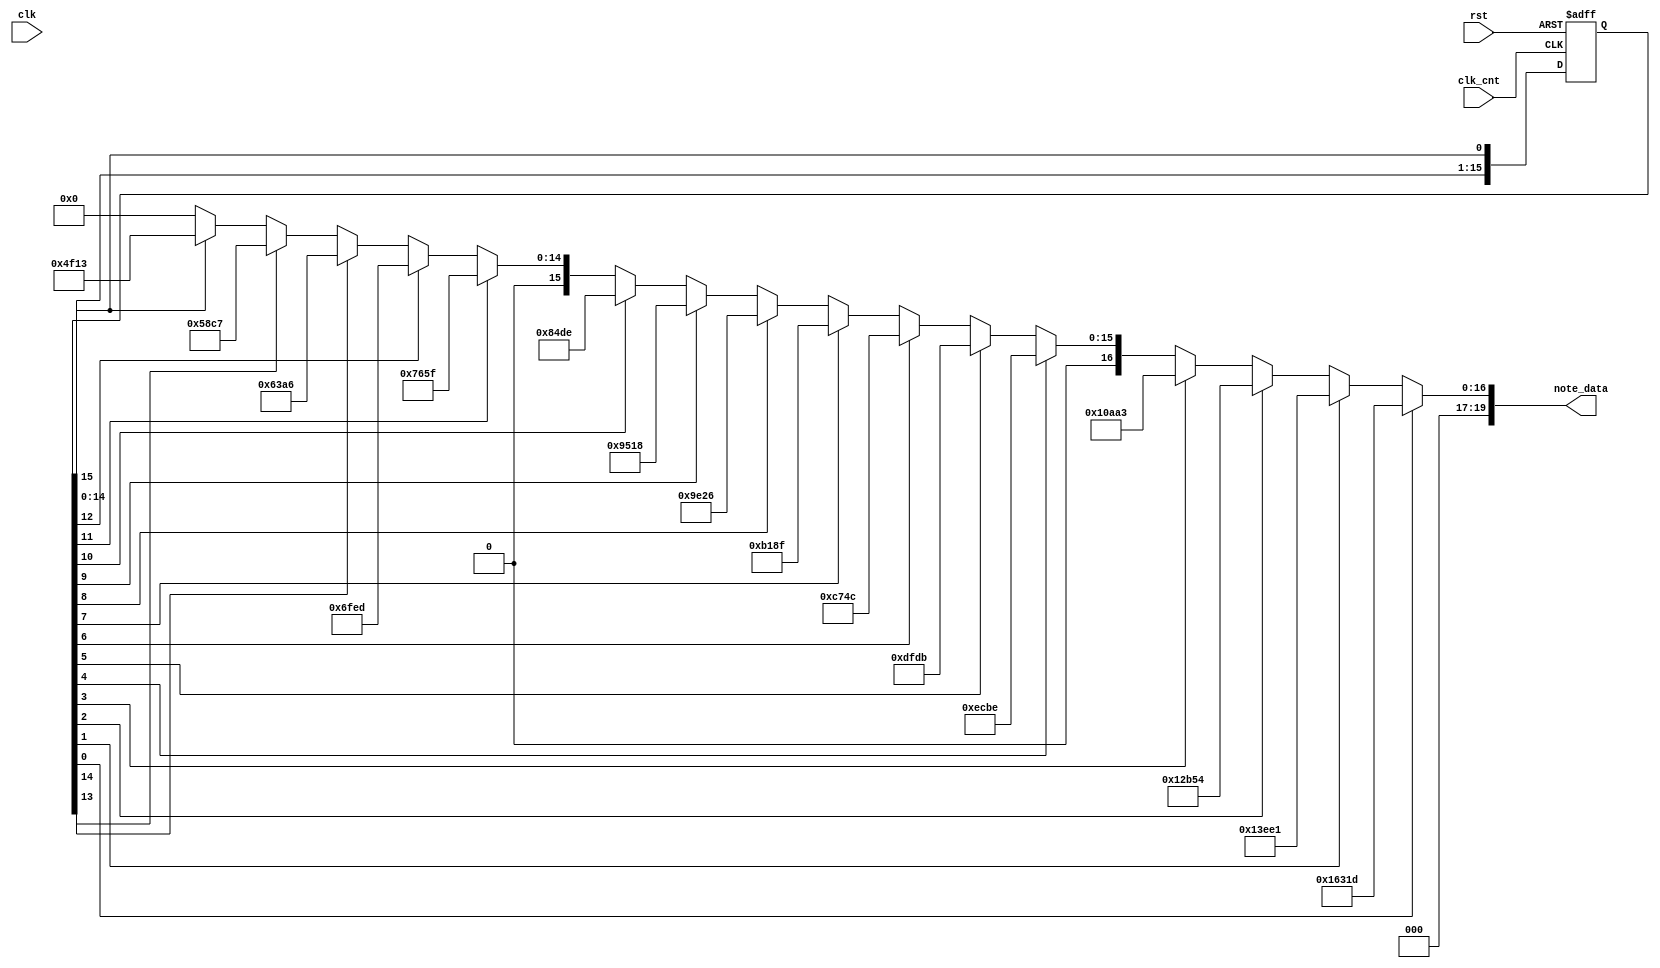
`timescale 1ns / 1ps
//////////////////////////////////////////////////////////////////////////////////
// Module Name:    sound_setting 
//////////////////////////////////////////////////////////////////////////////////
module sound_setting(
	clk,
	clk_cnt,
	rst,
	note_data
);

	input clk, clk_cnt;
	input rst;
	output reg [19:0] note_data;
	reg [15:0] note_choose;

	// Note Control
	always @*
	begin
		if(note_choose[0])			// L La
			note_data = 20'd90909;
		else if(note_choose[1])		// L Si
			note_data = 20'd81633;
		else if(note_choose[2])		// M Do
			note_data = 20'd76628;
		else if(note_choose[3])		// M Re
			note_data = 20'd68259;
		else if(note_choose[4])		// M Mi
			note_data = 20'd60606;
		else if(note_choose[5])		// M Fa
			note_data = 20'd57307;
		else if(note_choose[6])		// M Sol
			note_data = 20'd51020;
		else if(note_choose[7])		// M La
			note_data = 20'd45455;
		else if(note_choose[8])		// M Si
			note_data = 20'd40486;
		else if(note_choose[9])		// H Do
			note_data = 20'd38168;
		else if(note_choose[10])	// H Re
			note_data = 20'd34014;
		else if(note_choose[11])	// H Mi
			note_data = 20'd30303;
		else if(note_choose[12])	// H Fa
			note_data = 20'd28653;
		else if(note_choose[13])	// H Sol
			note_data = 20'd25510;
		else if(note_choose[14])	// H La
			note_data = 20'd22727;
		else if(note_choose[15])	// H Si
			note_data = 20'd20243;
		else
			note_data = 20'd0;
	end
	
	// Note Choose Shifter
	always @(posedge clk_cnt or posedge rst) begin
		if (rst)
		begin
			note_choose[0]<=1;
			note_choose[15:1]<=15'b000000000000000;
		end
		else
		begin
			note_choose[1]<=note_choose[0];
			note_choose[2]<=note_choose[1];
			note_choose[3]<=note_choose[2];
			note_choose[4]<=note_choose[3];
			note_choose[5]<=note_choose[4];
			note_choose[6]<=note_choose[5];
			note_choose[7]<=note_choose[6];
			note_choose[8]<=note_choose[7];
			note_choose[9]<=note_choose[8];
			note_choose[10]<=note_choose[9];
			note_choose[11]<=note_choose[10];
			note_choose[12]<=note_choose[11];
			note_choose[13]<=note_choose[12];
			note_choose[14]<=note_choose[13];
			note_choose[15]<=note_choose[14];
			note_choose[0]<=note_choose[15];
		end
	end
endmodule